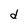
Character: d